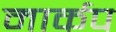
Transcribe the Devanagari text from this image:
मार्कप